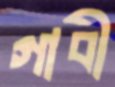
গাবী